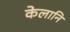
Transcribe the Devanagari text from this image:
केलानि